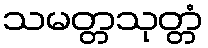
သမတ္တသုတ္တံ